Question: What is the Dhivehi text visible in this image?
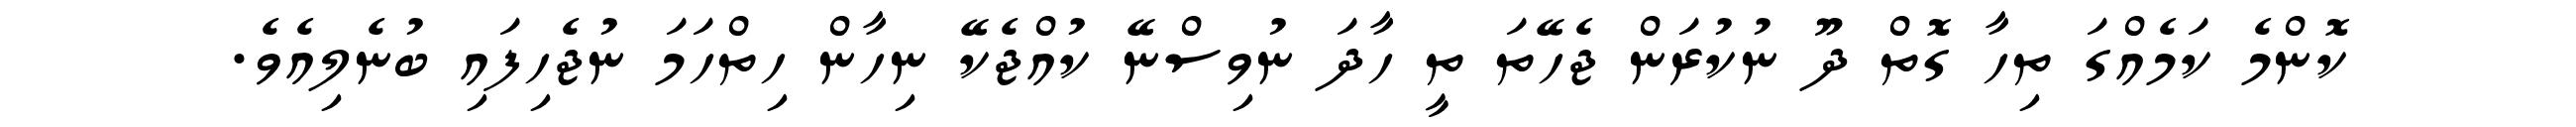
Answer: ކޮންމެ ކަމެއްގަ ތިހާ ގޮތް ދޫ ނުކުރަން ޖެހޭތަ ތީ ހާދަ ނުވިސްނޭ ކުއްޖެކޭ ނިހާން ހިތްހަމަ ނުޖެހިފައި ބުނެލިއެވެ.